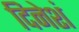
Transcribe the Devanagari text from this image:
दिनेशं